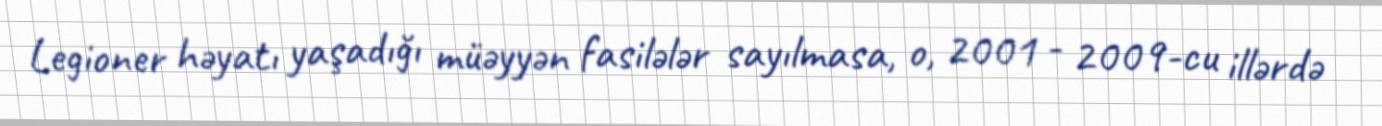
Legioner həyatı yaşadığı müəyyən fasilələr sayılmasa, o, 2001 - 2009-cu illərdə